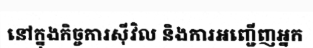
នៅក្នុងកិច្ចការស៊ីវិល និងការអញ្ជើញអ្នក